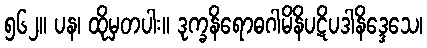
၅၆၂။ ပန၊ ထိုမှတပါး။ ဒုက္ခနိရောဓဂါမိနိပဋိပဒါနိဒ္ဒေသေ၊